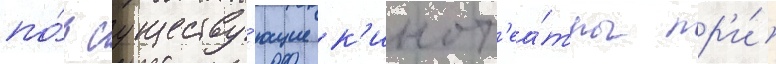
по́д существу́ющие к'инот'еа́тры пр'и́